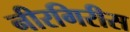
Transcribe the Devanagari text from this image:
नीरगिरीस